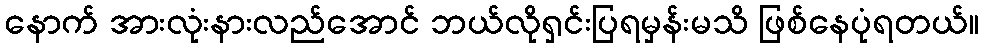
နောက် အားလုံးနားလည်အောင် ဘယ်လိုရှင်းပြရမှန်းမသိ ဖြစ်နေပုံရတယ်။